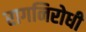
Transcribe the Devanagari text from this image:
रागनिरोधी